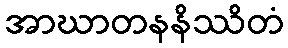
အာဃာတနနိဿိတံ